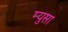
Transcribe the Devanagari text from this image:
म्युसा